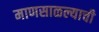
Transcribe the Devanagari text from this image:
माणसाळल्याची